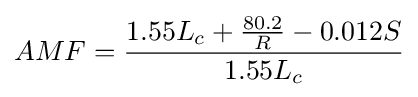
AMF={\frac {1.55L_{c}+{\frac {80.2}{R}}-0.012S}{1.55L_{c}}}